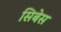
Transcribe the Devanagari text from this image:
सिबेस